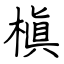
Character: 槇